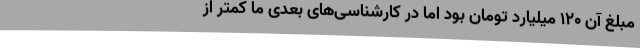
مبلغ آن 120 میلیارد تومان بود اما در کارشناسی‌های بعدی ما کمتر از